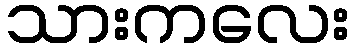
သားကလေး